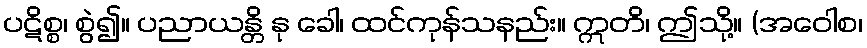
ပဋိစ္စ၊ စွဲ၍။ ပညာယန္တိ နု ခေါ၊ ထင်ကုန်သနည်း။ ဣတိ၊ ဤသို့။ (အဝေါစ၊